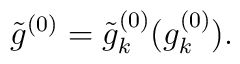
\tilde g^{(0)}=\tilde g^{(0)}_k(g^{(0)}_k).